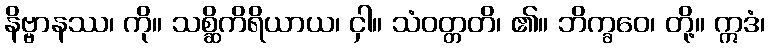
နိဗ္ဗာနဿ၊ ကို။ သစ္ဆိကိရိယာယ၊ ငှါ။ သံဝတ္တတိ၊ ၏။ ဘိက္ခဝေ၊ တို့။ ဣဒံ၊